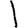
Digit: 1